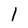
Character: l